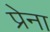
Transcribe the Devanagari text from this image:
प्रेना